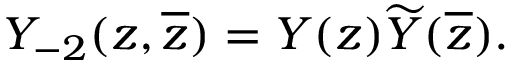
Y _ { - 2 } ( z , \overline { { { z } } } ) = Y ( z ) \widetilde { Y } ( \overline { { { z } } } ) .